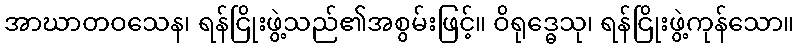
အာဃာတဝသေန၊ ရန်ငြိုးဖွဲ့သည်၏အစွမ်းဖြင့်။ ဝိရုဒ္ဓေသု၊ ရန်ငြိုးဖွဲ့ကုန်သော။